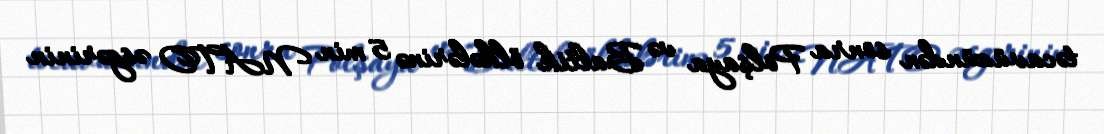
təcavüzündən sonra Polşaya və Baltik ölkələrinə 5 min NATO əsgərinin